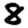
Digit: 8